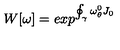
W [ \omega ] = e x p ^ { \oint _ { \gamma } \omega _ { \theta } ^ { 0 } J _ { 0 } }